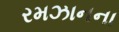
રમઝાનના